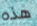
هذه